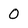
Character: 0